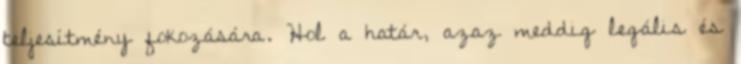
teljesítmény fokozására. Hol a határ, azaz meddig legális és